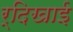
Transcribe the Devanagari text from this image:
र्दिखाई